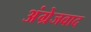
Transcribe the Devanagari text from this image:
अंग्रेजवाद